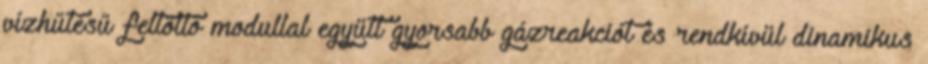
vízhűtésű feltöltő modullal együtt gyorsabb gázreakciót és rendkívül dinamikus